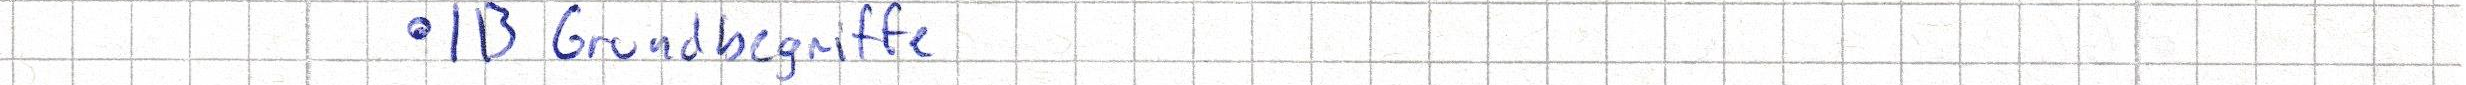
- IB Grundbegriffe